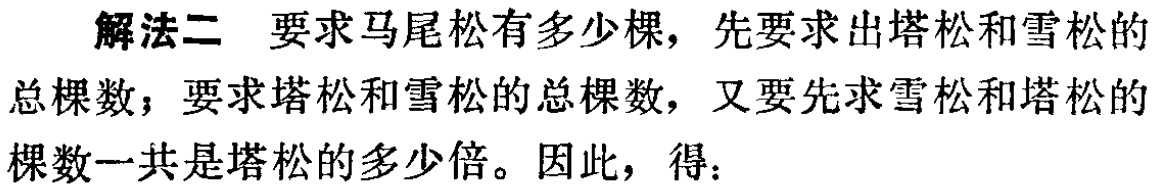
解法二 要求马尾松有多少棵，先要求出塔松和雪松的
总棵数；要求塔松和雪松的总棵数，又要先求雪松和塔松的
棵数一共是塔松的多少倍。因此，得：